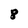
Character: 8